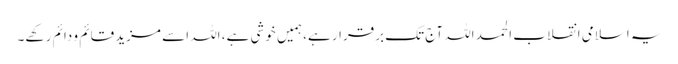
یہ اسلامی انقلاب الحمد اللہ آج تک برقرار ہے، ہمیں خوشی ہے، اللہ اسے مزید قائم و دائم رکهے۔